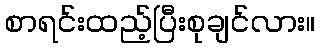
စာရင်းထည့်ပြီးစုချင်လား။